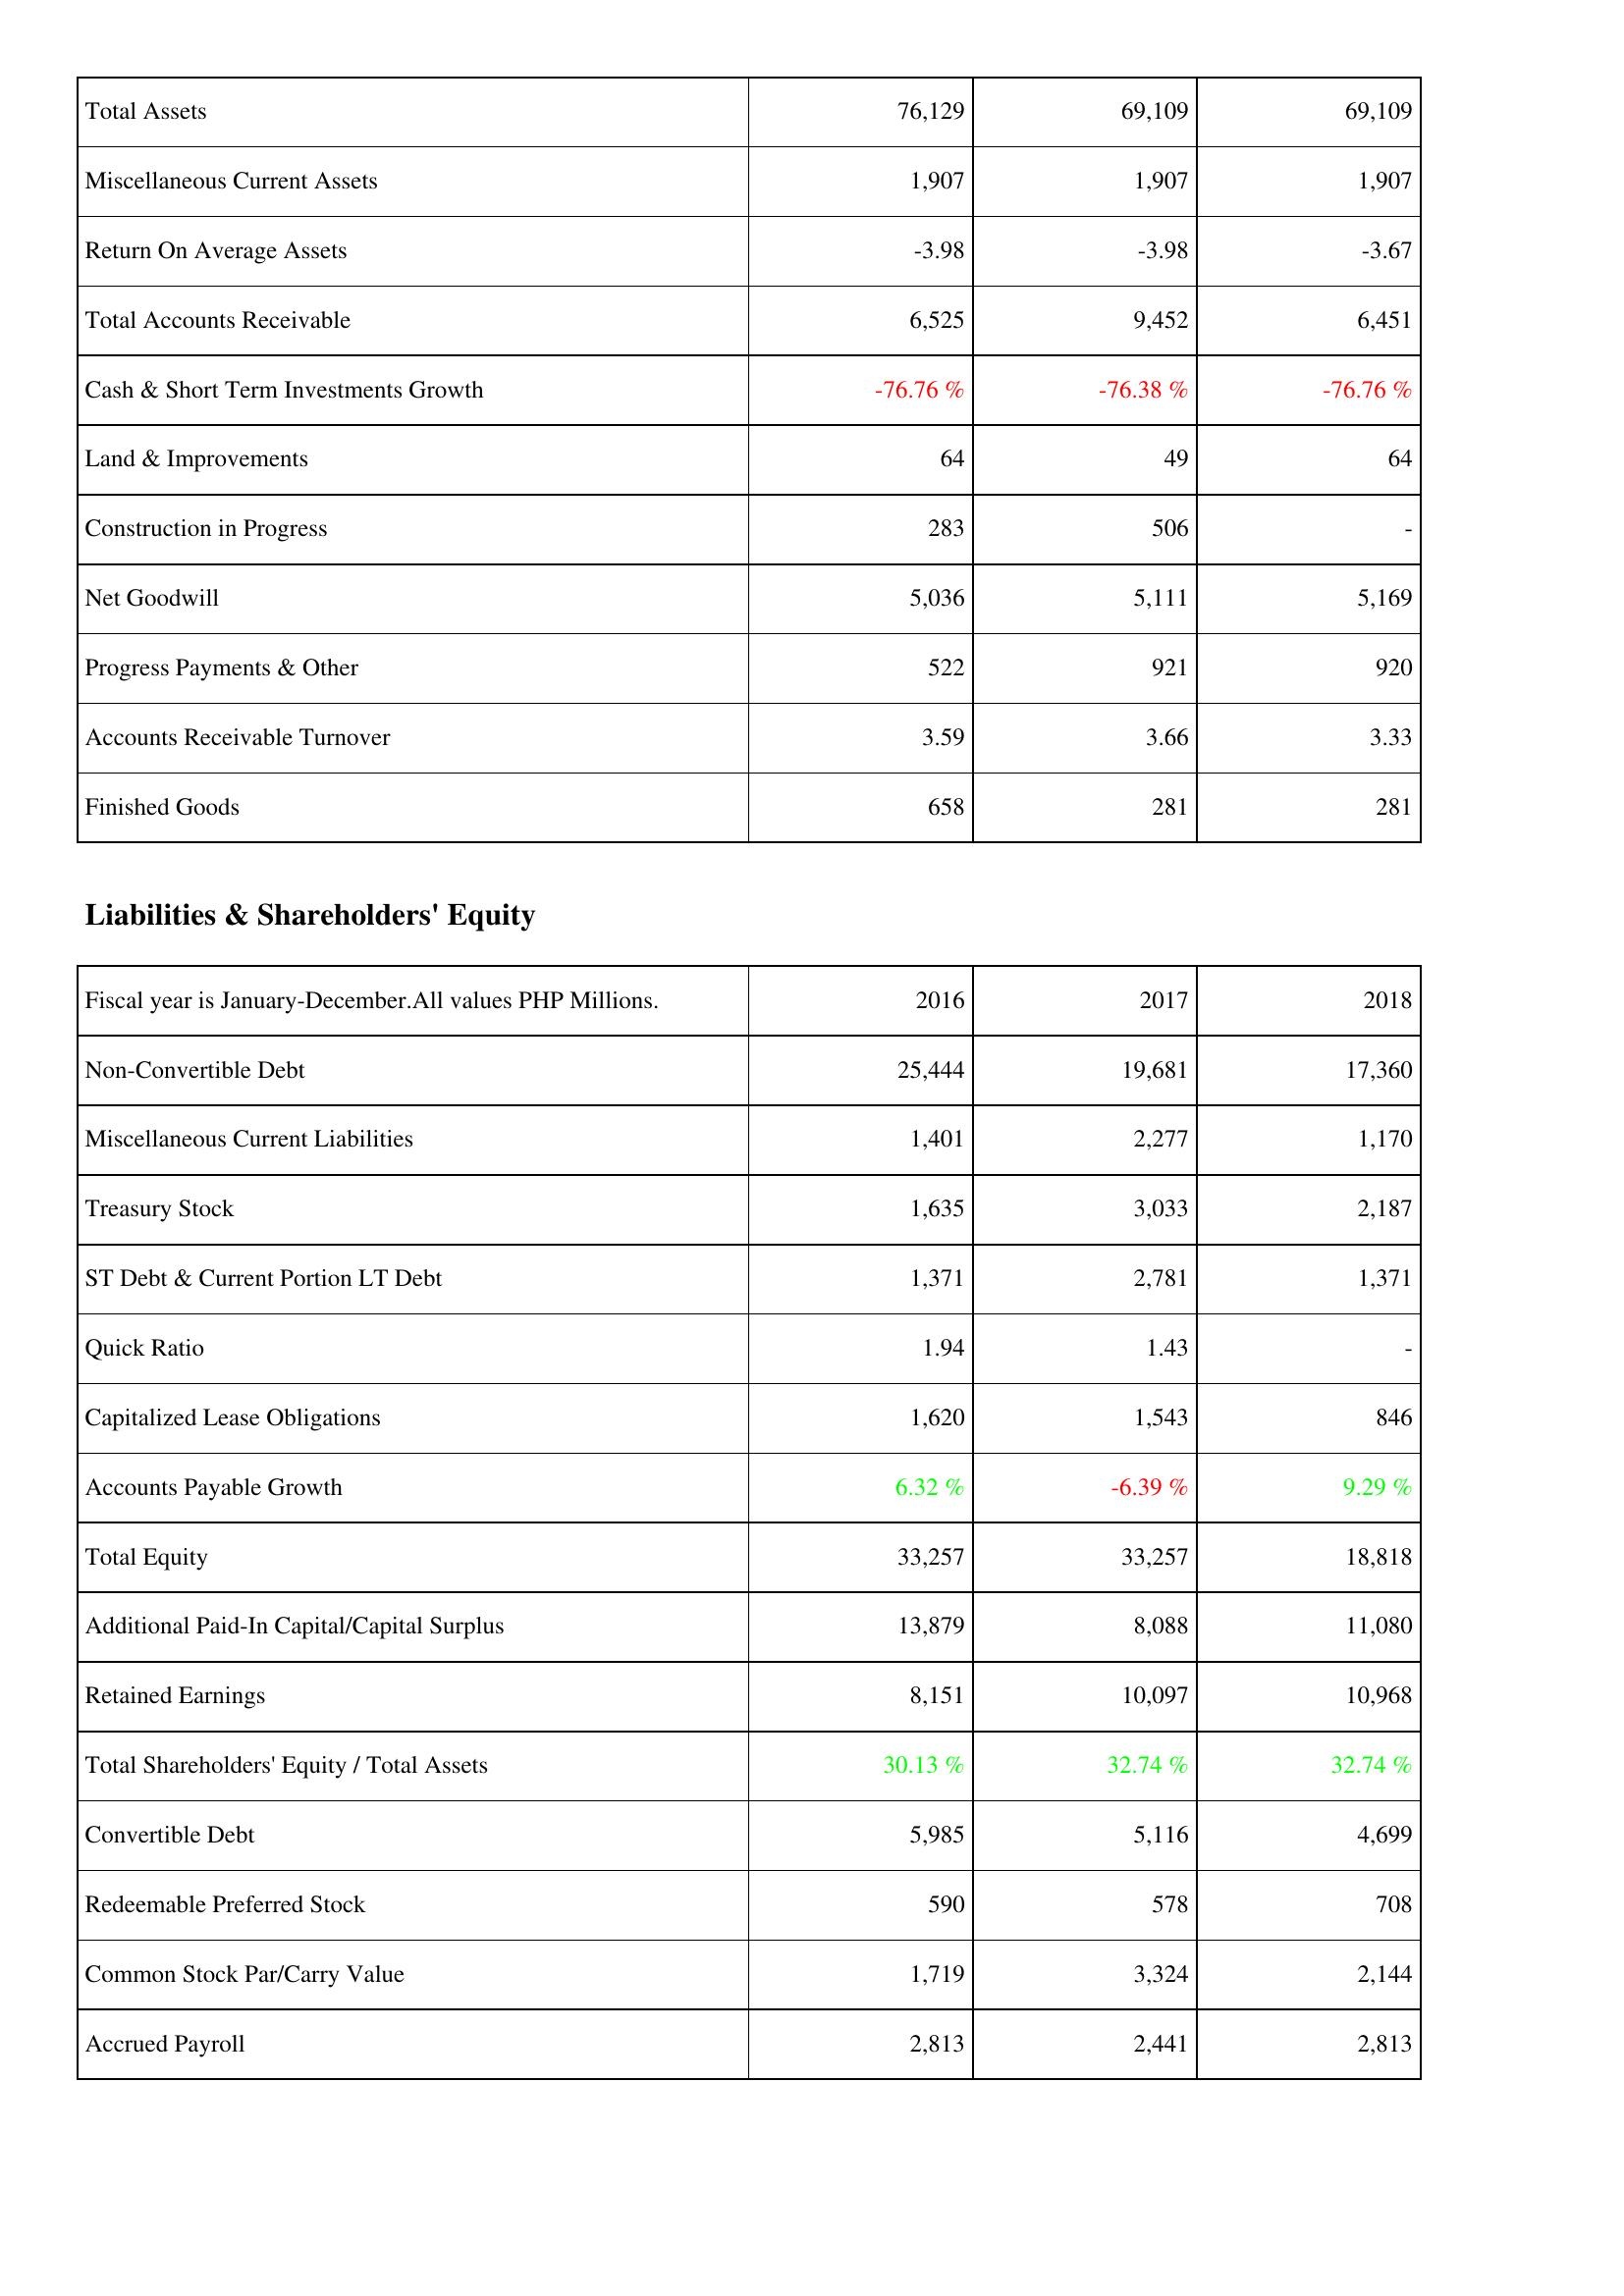
2016: Assets: Total Assets: 76,129
Miscellaneous Current Assets: 1,907
Return On Average Assets: -3.98
Total Accounts Receivable: 6,525
Cash & Short Term Investments Growth: -76.76 %
Land & Improvements: 64
Construction in Progress: 283
Net Goodwill: 5,036
Progress Payments & Other: 522
Accounts Receivable Turnover: 3.59
Finished Goods: 658
Liabilities & Shareholders' Equity: Non-Convertible Debt: 25,444
Miscellaneous Current Liabilities: 1,401
Treasury Stock: 1,635
ST Debt & Current Portion LT Debt: 1,371
Quick Ratio: 1.94
Capitalized Lease Obligations: 1,620
Accounts Payable Growth: 6.32 %
Total Equity: 33,257
Additional Paid-In Capital/Capital Surplus: 13,879
Retained Earnings: 8,151
Total Shareholders' Equity / Total Assets: 30.13 %
Convertible Debt: 5,985
Redeemable Preferred Stock: 590
Common Stock Par/Carry Value: 1,719
Accrued Payroll: 2,813
2017: Assets: Total Assets: 69,109
Miscellaneous Current Assets: 1,907
Return On Average Assets: -3.98
Total Accounts Receivable: 9,452
Cash & Short Term Investments Growth: -76.38 %
Land & Improvements: 49
Construction in Progress: 506
Net Goodwill: 5,111
Progress Payments & Other: 921
Accounts Receivable Turnover: 3.66
Finished Goods: 281
Liabilities & Shareholders' Equity: Non-Convertible Debt: 19,681
Miscellaneous Current Liabilities: 2,277
Treasury Stock: 3,033
ST Debt & Current Portion LT Debt: 2,781
Quick Ratio: 1.43
Capitalized Lease Obligations: 1,543
Accounts Payable Growth: -6.39 %
Total Equity: 33,257
Additional Paid-In Capital/Capital Surplus: 8,088
Retained Earnings: 10,097
Total Shareholders' Equity / Total Assets: 32.74 %
Convertible Debt: 5,116
Redeemable Preferred Stock: 578
Common Stock Par/Carry Value: 3,324
Accrued Payroll: 2,441
2018: Assets: Total Assets: 69,109
Miscellaneous Current Assets: 1,907
Return On Average Assets: -3.67
Total Accounts Receivable: 6,451
Cash & Short Term Investments Growth: -76.76 %
Land & Improvements: 64
Construction in Progress: -
Net Goodwill: 5,169
Progress Payments & Other: 920
Accounts Receivable Turnover: 3.33
Finished Goods: 281
Liabilities & Shareholders' Equity: Non-Convertible Debt: 17,360
Miscellaneous Current Liabilities: 1,170
Treasury Stock: 2,187
ST Debt & Current Portion LT Debt: 1,371
Quick Ratio: -
Capitalized Lease Obligations: 846
Accounts Payable Growth: 9.29 %
Total Equity: 18,818
Additional Paid-In Capital/Capital Surplus: 11,080
Retained Earnings: 10,968
Total Shareholders' Equity / Total Assets: 32.74 %
Convertible Debt: 4,699
Redeemable Preferred Stock: 708
Common Stock Par/Carry Value: 2,144
Accrued Payroll: 2,813